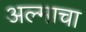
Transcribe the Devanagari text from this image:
अल्माचा